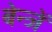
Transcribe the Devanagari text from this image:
बेन्जें